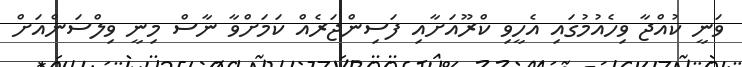
ވަނީ ކުއްޖާ ވިހެއުމުގައި އެހީވި ކްރޫއަށާއި ފަސިންޖަރެއް ކަމަށްވާ ނާސް މިނީ ވިލްސަންއަށް